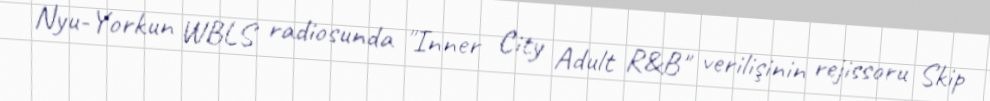
Nyu-Yorkun WBLS radiosunda "Inner City Adult R&B" verilişinin rejissoru Skip